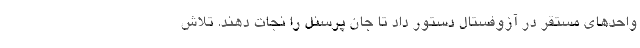
واحدهای مستقر در آزوفستال دستور داد تا جان پرسنل را نجات دهند. تلاش